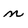
Character: n